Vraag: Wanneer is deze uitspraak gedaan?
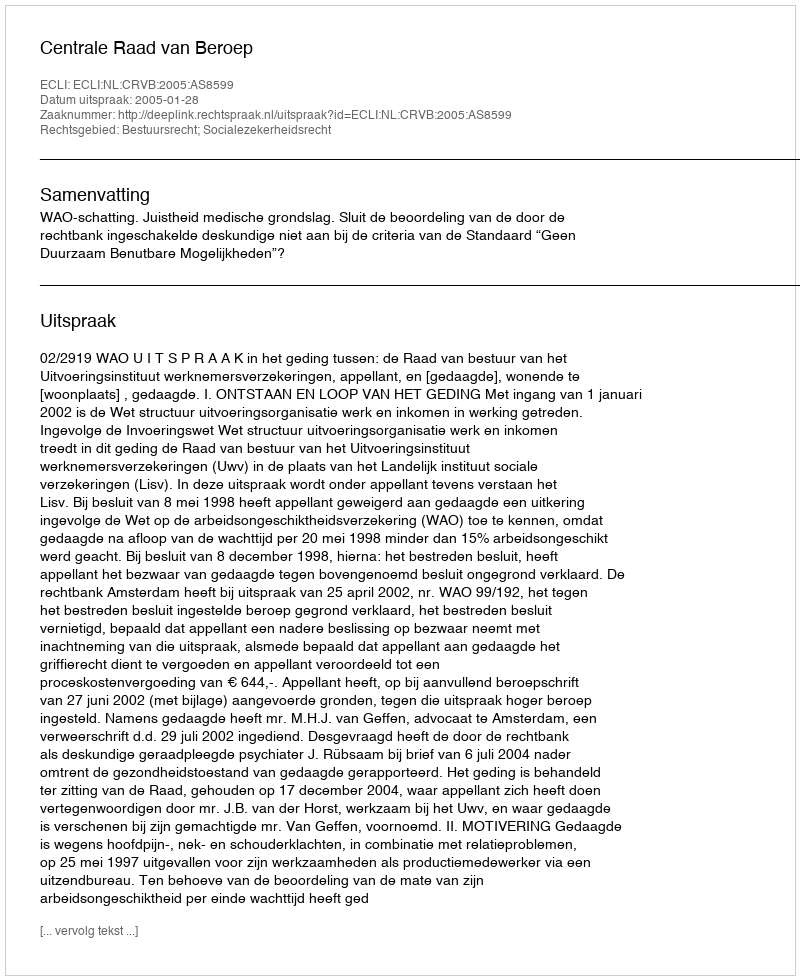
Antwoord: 2005-01-28